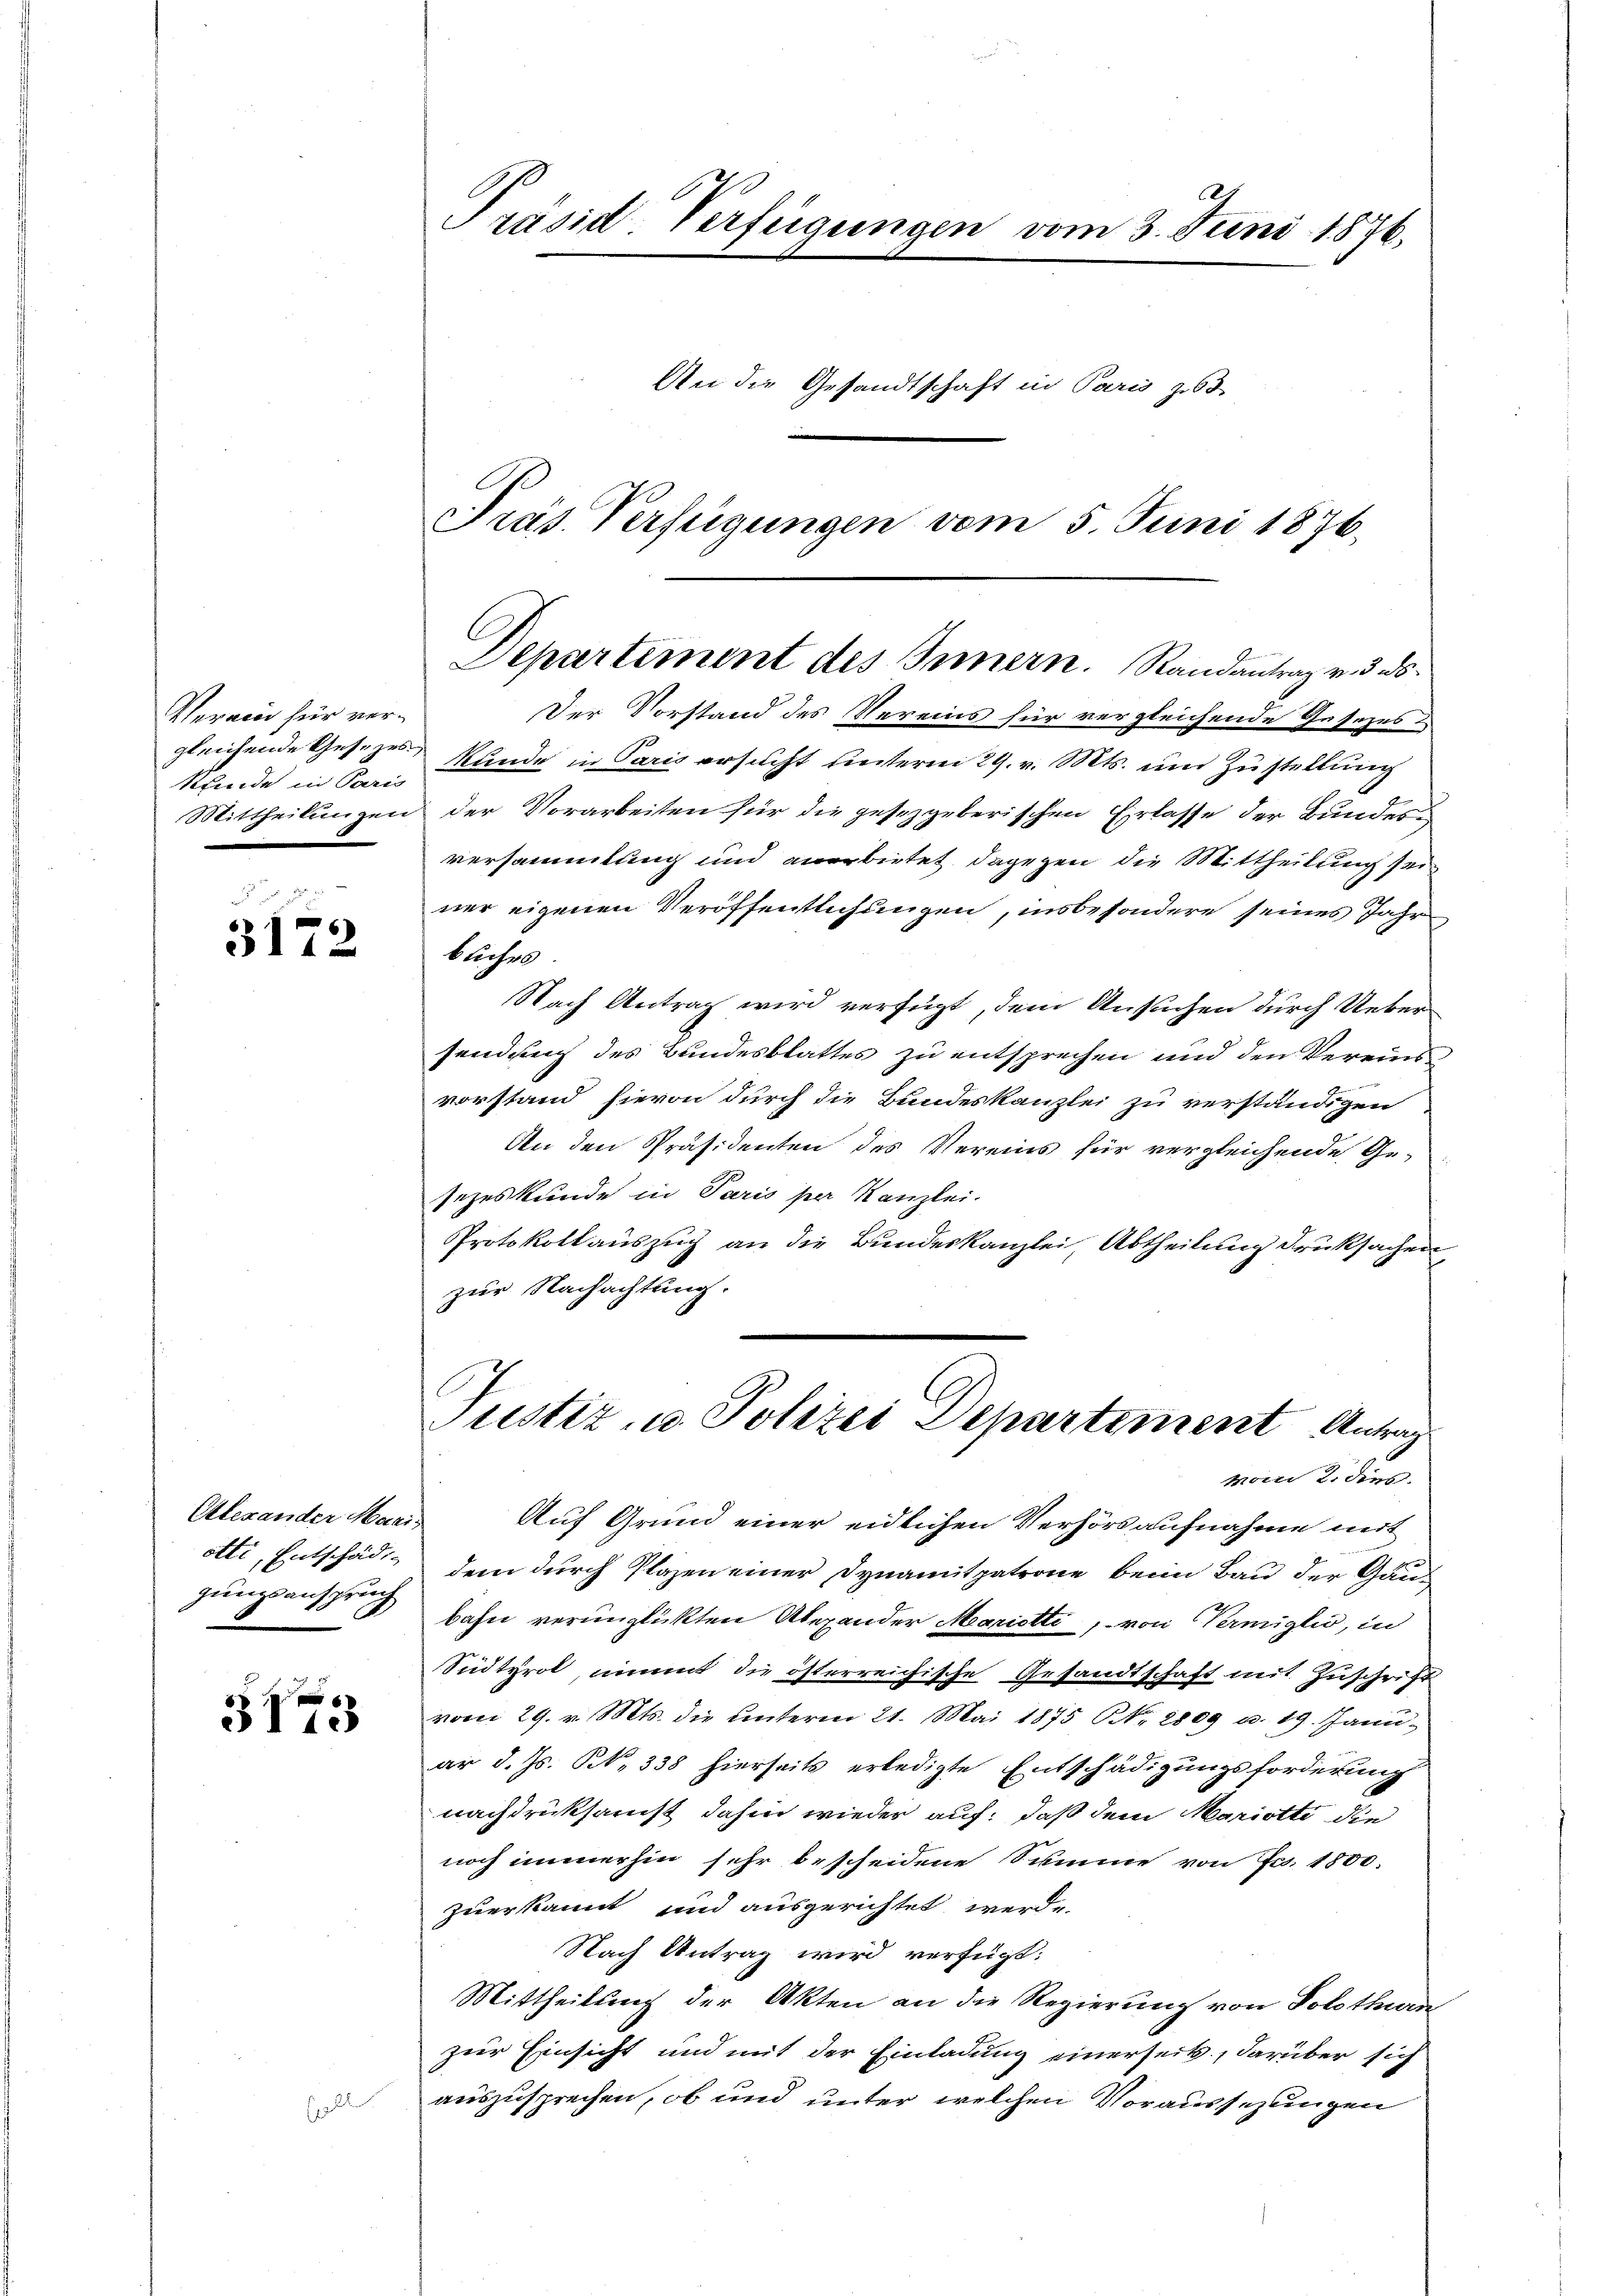
Verain für vergleichende Gesezes
kunde in Paris
Mittheilungen

3172

Alexander Mariotti, Entschädi
gungsanspruch

3173

Präsid-Verfügungen vom 3. Juni 1876,
An die Gesandtschaft in Paris z
PPräs. Verfügungen vom 5. Juni 1876.

Departement des Innern. Randantrag v. ds

Der Vorstand des Vereins für vergleichende Gesezes
kunde in Paris ersucht unterm 29. v. Mts. und Zustellung
der Vorarbeiten für die gesezgeberischen Erlasse der Bundesversammlung und anerbietet dagegen die Mittheilung sei
ner eigenen Veröffentlichungen, insbesondere seines Jahr
buches.
Nach Antrag wird verfügt, dem Ansuchen durch Ueber
sendung des Bundesblattes zu entsprechen und den Vereinsvorstand hievon durch die Bundeskanzlei zu verständigen
An den Präsidenten des Vereins für vergleichende Ge-
sezeskunde in Paris per Kanzlei.
Protokoll auszug an die Bundeskanzlei, Abtheilung drucksachen
zur Nachachtung.

Justiz, u. Polizei Departement Antrag
Mon 2. dies

Auf Grund einer eidlichen Verhörsaufnahme mit
dem durch Plazen einer Dynamitpatrone beim Bau der Ganbahn verünglickten Überander Mariette, von Vermiglio, in
Südtyrol, nimmt die österreichische Gesandtschaft mit Zuschrift
vom 29. v. Mts. die ŭnterm 21. Mai 1875 NNo. 1809 u. 19. Janu
ar d. Js. N. 338 hierseits erledigte Entschädigungsforderung
nachdruksamst dahin wieder auf: daß dem Mariotti die
noch immerhin sehr bescheidene Summe von Fr. 1800.
zuerkannt und ausgerichtet werde.
Nach Antrag wird verfügt:
Mittheilung der Akten an die Regierung von Solothurn
zur Einsicht und mit der Einladung einerseits, darüber sich
auszusprechen, ob und unter welchen Voraussezungen